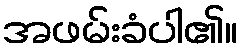
အဖမ်းခံပါ၏။